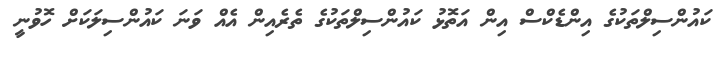
ކައުންސިލްތަކުގެ އިންޑެކްސް އިން އަތޮޅު ކައުންސިލްތަކުގެ ތެރެއިން އެއް ވަނަ ކައުންސިލަކަށް ހޮވުނީ